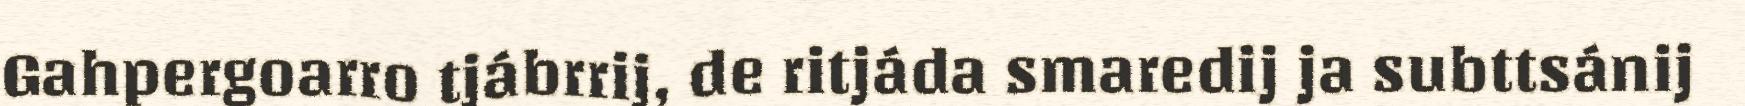
Gahpergoarro tjábrrij, de ritjáda smaredij ja subttsánij